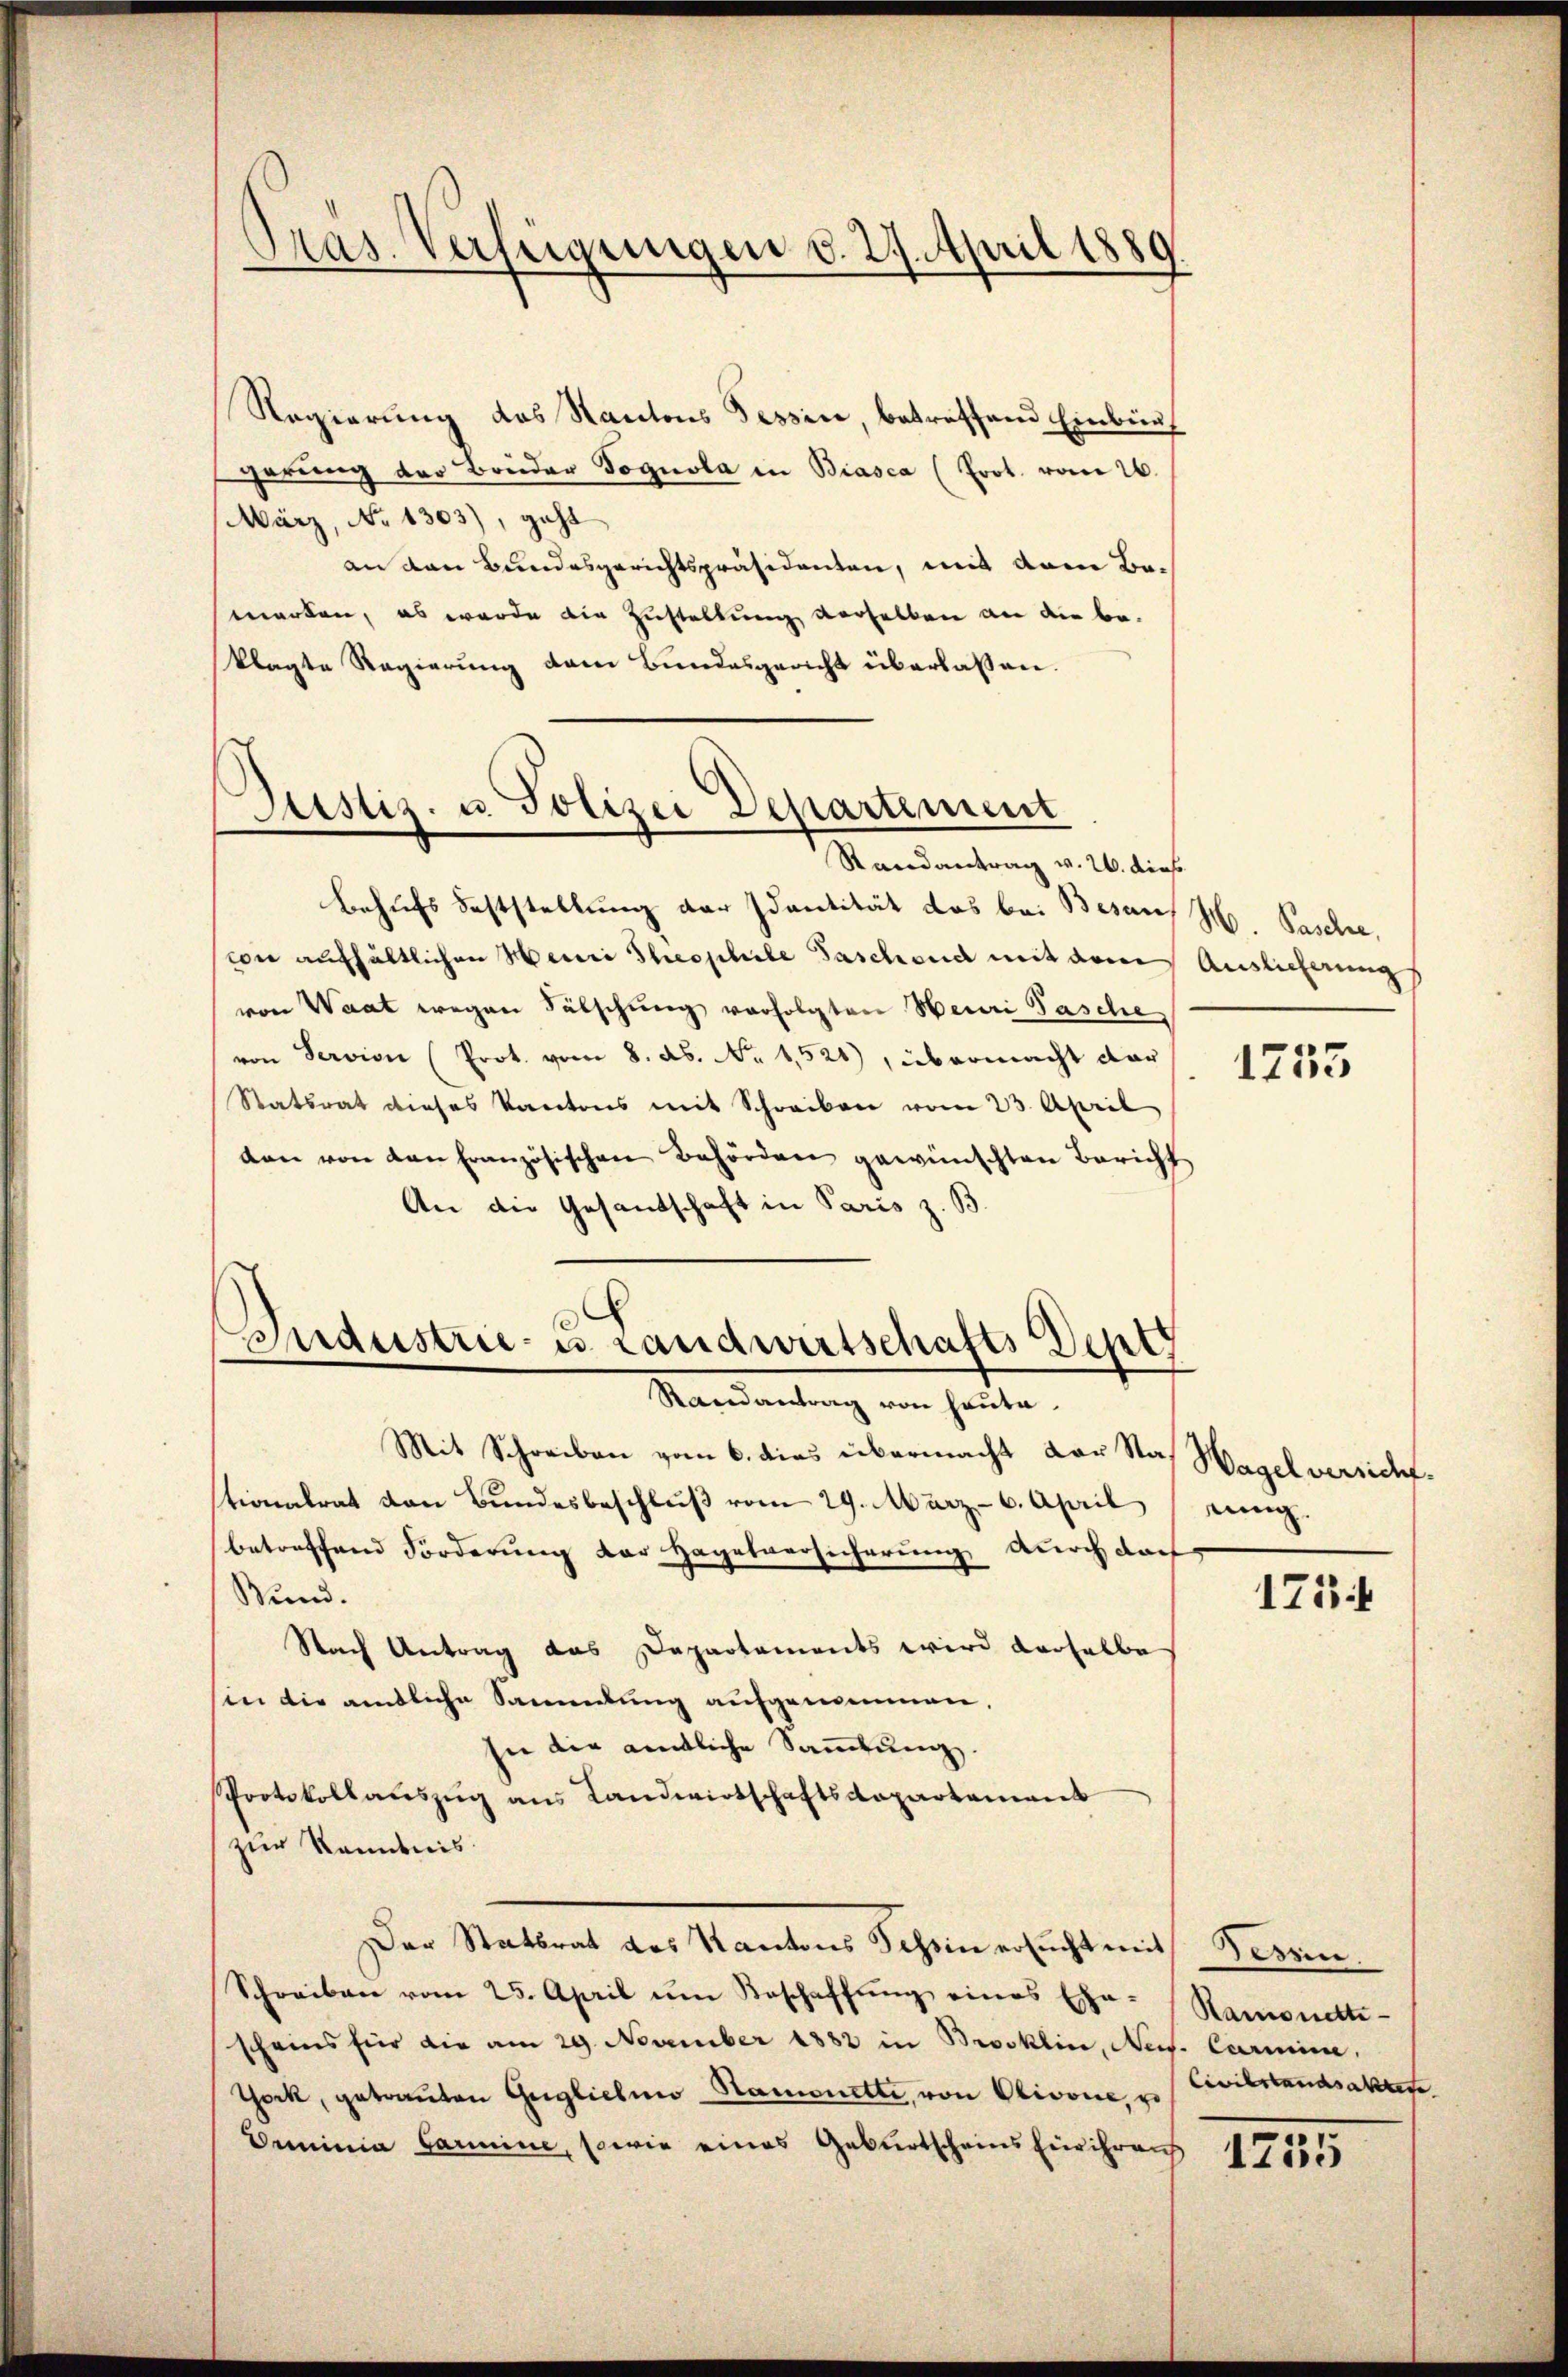
Präs. Verfügungen d. 27. April 1889

Regierung des Kantons Tessin, betreffend Einbürf
gerŭng der Brüder Fognola in Biasca (Erot. vom 26.
März, No 1303), geht
an den Bundesgerichtspräsidenten, mit dann Be-
marken, es wurde die Zustellung derselben an die beklagte Regierung dem Bundesgericht überlassen.

Justiz- u. Polizei Departement
Randantrag v. 26. dies

Behufs Feststellung der Identität das bei Besans H Pasche,
con aufhältlichen Henri Theophele Taschend mit dem Auslieferung
von Waat wegen Fälschung verfolgten Heuri Tasche,
von Servion (Prot. vom 8. ab. No 1,521), übermacht dar
Statsrat dieses Kantons mit Schreiben vom 23. April
den von den französischen Behörden gewünschten Bericht
An die Gesandschaft in Paris z. B.
Industrie- u. Landwirtschafts Depes

Randantrag von heute.

Mit Schreiben vom 6. dies übermacht der Stationalrat von Bundesbeschluß vom 29. März - 6. April
betreffend Forderung der Hagelversicherung durch doch
Sund.
Nach Antrag das Departements wird derselbe
sin die amtliche Sammlung aufgenommen,
sie die amtliche Sammlung.
Protokollauszug aus Landwirtschaftsdepartement
zur Kenntnis.
Der Statsrat des Kantons Tessin ersucht mit Bessen,
Schreiben vom 25. April um Beschaffŭng eines Exe-
scheins für die am 29. November 1882 in Brosklin, Neis. Carmine.
Thock, getraŭten Guglichen Samonette, von Olivone, u
Demminia Garmine, sowie eines Geburtscheins Ein ihreng

Hagel versicht.
rung.

1753

175.

Hamonette
Civilstandsaktere

1755